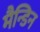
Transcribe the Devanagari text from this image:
मैन्डिन